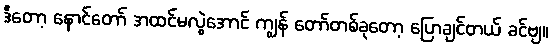
ဒီတော့ နောင်တော် အထင်မလွဲအောင် ကျွန် တော်တစ်ခုတော့ ပြောချင်တယ် ခင်ဗျ။